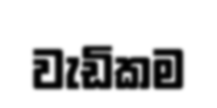
වැඩිකම